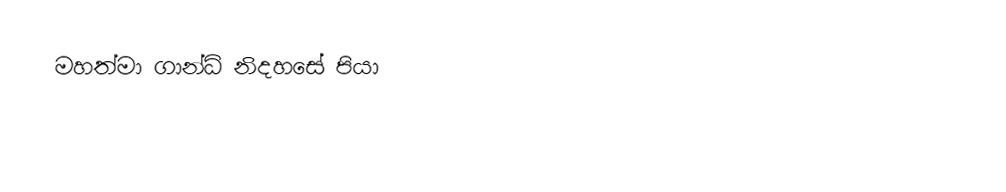
මහත්මා ගාන්ධි නිදහසේ පියා